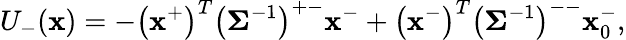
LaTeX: U_{-}(\mathbf{x})=-\left(\mathbf{x}^{+}\right)^{T}\left(\mathbf{\Sigma}^{-1}\right)^{+-}\mathbf{x}^{-}+\left(\mathbf{x}^{-}\right)^{T}\left(\mathbf{\Sigma}^{-1}\right)^{--}\mathbf{x}_{0}^{-},